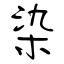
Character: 染